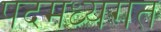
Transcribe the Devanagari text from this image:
पदमध्यगत